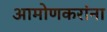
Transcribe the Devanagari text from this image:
आमोणकरांना